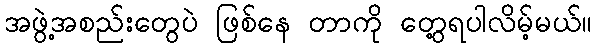
အဖွဲ့အစည်းတွေပဲ ဖြစ်နေ တာကို တွေ့ရပါလိမ့်မယ်။